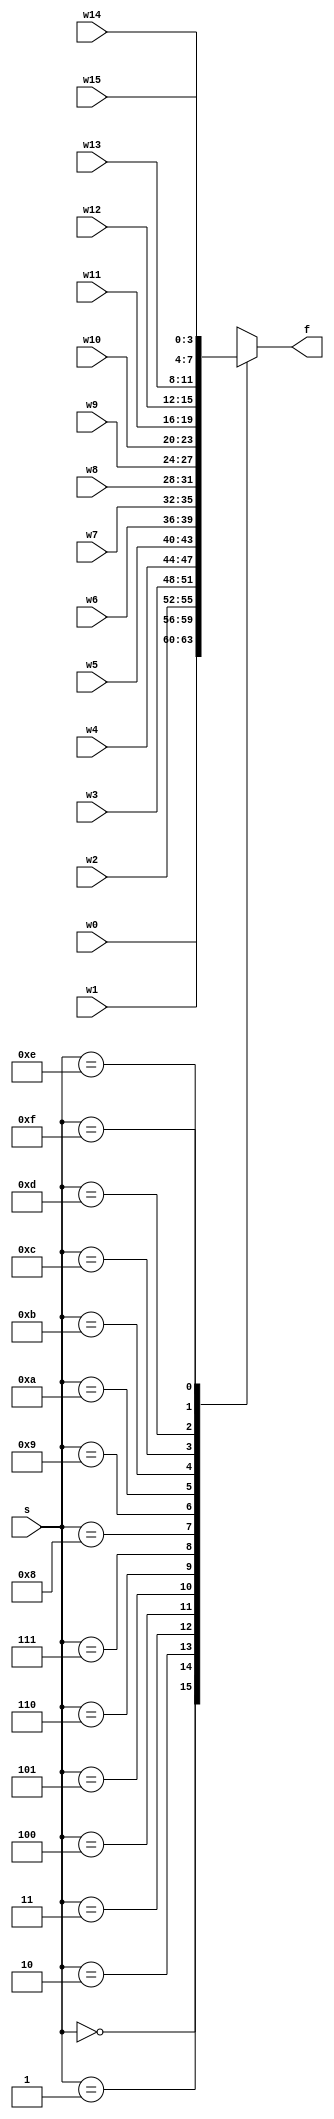
`timescale 1ns / 1ps
//////////////////////////////////////////////////////////////////////////////////
// Company: 
// Engineer: 
// 
// Design Name: 
// Module Name: mux_16x1_nbit
// Project Name: 
// Target Devices: 
// Tool Versions: 
// Description: 
// 
// Dependencies: 
// 
// Revision:
// Revision 0.01 - File Created
// Additional Comments:
// 
//////////////////////////////////////////////////////////////////////////////////


module mux_16x1_nbit
    #(parameter N = 4)(
    input [N-1:0] w0,w1,w2,w3,w4,w5,w6,w7,w8,w9,w10,w11,w12,w13,w14,w15,
    input [3:0] s,
    output reg [N-1:0] f
    );
    
    always @(w0,w1,w2,w3,w4,w5,w6,w7,w8,w9,w10,w11,w12,w13,w14,w15,s)
    begin
        case(s)
            4'b0000: f = w0;
            4'b0001: f = w1;
            4'b0010: f = w2;
            4'b0011: f = w3;
            4'b0100: f = w4;
            4'b0101: f = w5;
            4'b0110: f = w6;
            4'b0111: f = w7;
            4'b1000: f = w8;
            4'b1001: f = w9;
            4'b1010: f = w10;
            4'b1011: f = w11;
            4'b1100: f = w12;
            4'b1101: f = w13;
            4'b1110: f = w14;
            4'b1111: f = w15;
            default: f = 'bx;
        endcase
    end
endmodule